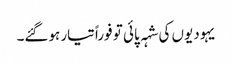
یہودیوں کی شہہ پائی تو فوراً تیار ہوگئے۔